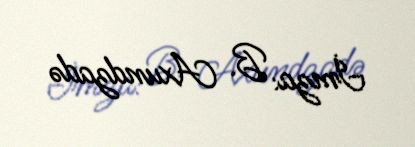
İmza: B. Axundzadə